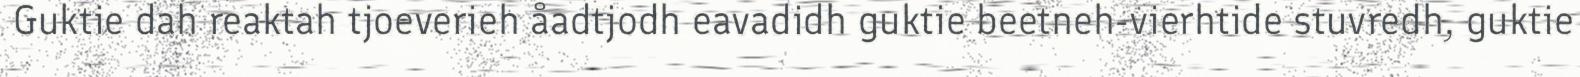
Guktie dah reaktah tjoeverieh åadtjodh eavadidh guktie beetneh-vierhtide stuvredh, guktie